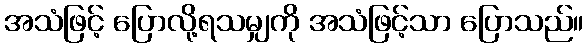
အသံဖြင့် ပြောလို့ရသမျှကို အသံဖြင့်သာ ပြောသည်။